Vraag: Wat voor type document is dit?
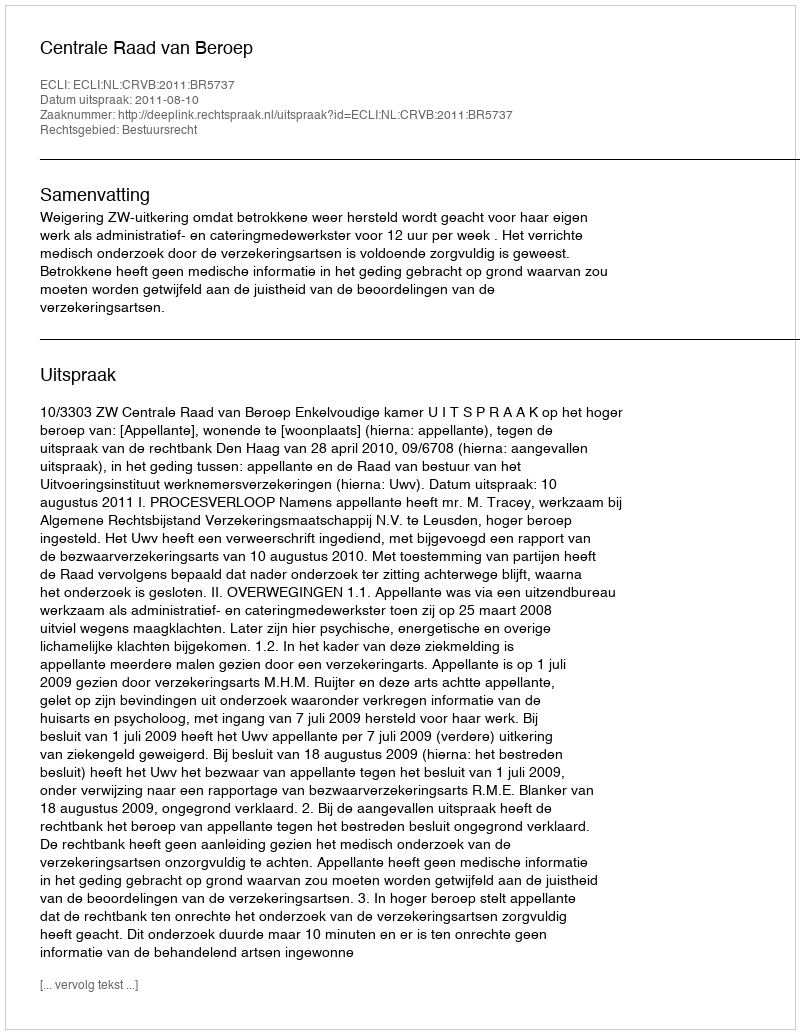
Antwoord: Uitspraak